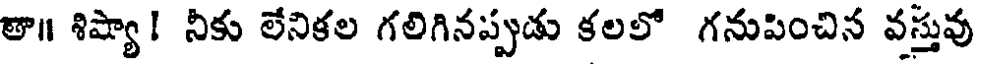
తా॥ శిష్యా! నీకు లేనికల గలిగినప్పుడు కలలో గనుపించిన వస్తువు